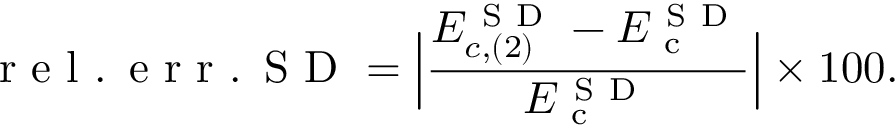
\mathrm { ~ r ~ e ~ l ~ . ~ \! ~ e ~ r ~ r ~ . ~ \! ~ S ~ D ~ } = \Big | \frac { E _ { c , ( 2 ) } ^ { \mathrm { ~ S ~ D ~ } } - E _ { \mathrm { ~ c ~ } } ^ { \mathrm { ~ S ~ D ~ } } } { E _ { \mathrm { ~ c ~ } } ^ { \mathrm { ~ S ~ D ~ } } } \Big | \times 1 0 0 .